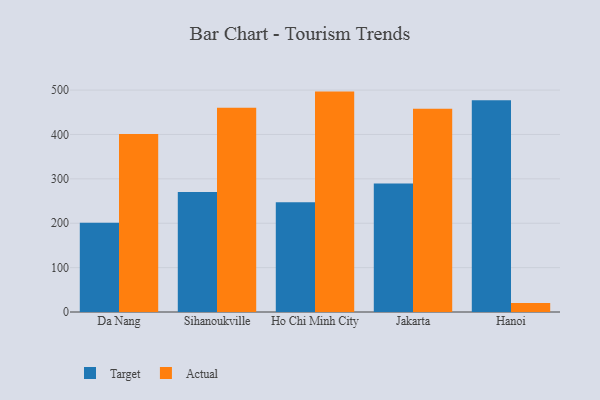
{"axis": {"x": "City", "y": "Budget (USD K)"}, "legend": ["Actual", "Target"], "data": [{"x": "Da Nang", "y": 201.2, "type": "Target"}, {"x": "Da Nang", "y": 401.1, "type": "Actual"}, {"x": "Sihanoukville", "y": 270.6, "type": "Target"}, {"x": "Sihanoukville", "y": 460.4, "type": "Actual"}, {"x": "Ho Chi Minh City", "y": 247.1, "type": "Target"}, {"x": "Ho Chi Minh City", "y": 496.6, "type": "Actual"}, {"x": "Jakarta", "y": 289.6, "type": "Target"}, {"x": "Jakarta", "y": 458.2, "type": "Actual"}, {"x": "Hanoi", "y": 476.9, "type": "Target"}, {"x": "Hanoi", "y": 20.0, "type": "Actual"}]}